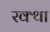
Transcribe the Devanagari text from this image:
रक्था